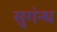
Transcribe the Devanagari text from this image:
सुगंन्ध